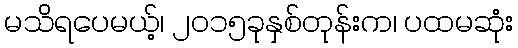
မသိရပေမယ့်၊ ၂၀၁၅ခုနှစ်တုန်းက၊ ပထမဆုံး